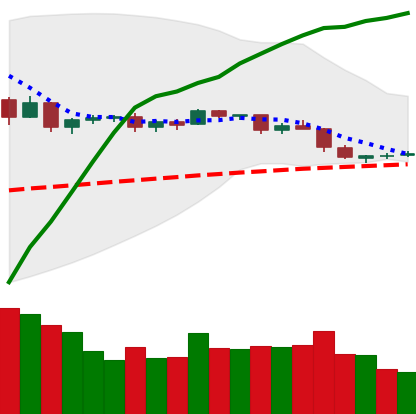
Ticker: DOGE-USD
Chart end date: 2019-04-28
Forward return: 7.507%
Label: up_7plus